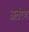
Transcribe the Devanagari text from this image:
अतंरण